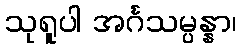
သုရူပါ အင်္ဂသမ္ပန္နာ၊